Lunatic asylums Burma 1907-21 - 1907-1921
Year: 1907
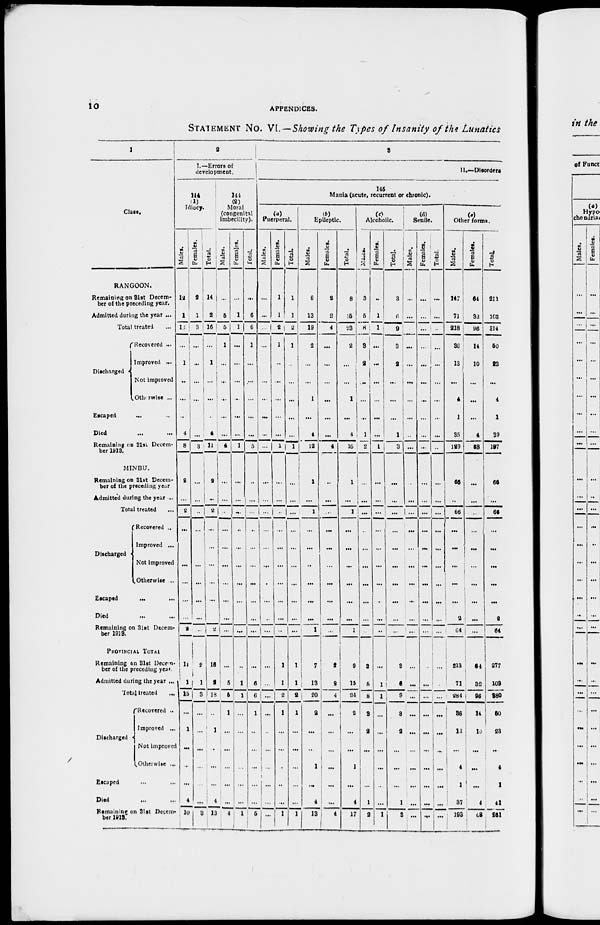
10
APPENDICES.
STATEMENT NO. VI. — Showing the Types of Insanity of the Lunatics
1
Class.
RANGOON.
Remaining on 31st Decem-
ber of the preceding year.
Admitted during the year ...
Total treated ...
Discharged
Recovered ...
Improved ...
Not improved
Otherwise ...
Escaped ... ...
Died ... ...
Remaining on 31st Decem-
ber 1913.
MINBU.
Remaining on 31st Decem-
ber of the preceding year
Admitted during the year ...
Total treated ...
Discharged
Recovered ...
Improved ...
Not improved
Otherwise ...
Escaped
...
...
Died ... ...
Remaining on 31st Decem-
ber 1913.
PROVINCIAL TOTAL
Remaining on 31st Decem-
ber of the preceding year.
Admitted during the year ...
Total treated ...
Discharged
Recovered ..
Improved ...
Not improved
Otherwise ...
Escaped ... ...
Died ... ... ...
Remaining on 31 st Decem-
ber 1913.
2
I.—Errors of
development.
144
(1)
Idiocy.
Males.
12
1
13
...
...
...
...
...
4
8
2
...
2
...
...
...
...
...
...
...
11
1
15
...
1
...
...
...
4
10
Females.
2
1
3
...
...
...
...
...
...
3
...
...
...
...
...
...
...
...
...
...
2
1
3
...
...
...
...
...
...
3
Total.
14
2
16
...
...
...
...
...
4
11
2
...
2
...
...
...
...
...
...
...
16
2
18
...
1
...
...
...
4
13
144
(2)
Moral
(congenital
imbecility).
Males.
...
6
5
1
...
...
...
...
...
4
...
...
...
...
...
...
...
...
...
...
...
5
5
1
...
...
...
...
...
4
Females.
...
1
1
...
...
...
...
...
....
1
...
...
...
...
...
...
...
...
...
...
...
1
1
...
...
...
...
...
...
1
Total.
...
6
6
1
...
...
...
...
...
5
...
...
...
...
...
...
...
...
...
...
...
6
6
1
...
...
...
...
...
5
3
II.—Disorders
145
Mania (acute, recurrent or chronic).
(a)
Puerperal.
Males.
...
...
...
...
...
...
...
...
...
...
...
...
...
...
...
...
...
...
...
...
...
...
...
...
...
...
...
...
...
...
Females.
1
1
2
1
...
...
...
...
...
1
...
...
...
...
...
...
...
...
...
...
1
1
2
1
...
...
...
...
...
1
Total.
1
1
2
1
...
...
...
...
...
1
...
...
...
...
...
...
...
...
...
1
1
2
1
...
...
...
...
1
(b)
Epileptic.
Males.
6
13
19
2
...
...
1
...
4
12
1
...
1
...
...
...
...
...
...
1
7
13
20
2
...
...
1
...
4
13
Females.
2
2
4
...
...
...
...
...
...
4
...
...
...
...
...
...
...
...
...
...
1
2
4
...
...
...
...
...
...
4
Total.
8
15
23
2
...
...
1
...
4
16
1
...
1
...
...
...
...
...
...
1
9
15
24
2
...
...
1
...
4
17
(c)
Alcoholic.
Males.
3
5
8
3
2
...
...
...
1
2
...
...
...
...
...
...
...
...
...
...
3
5
8
3
2
...
...
...
1
2
Females.
...
1
1
...
...
...
...
...
...
1
...
...
...
...
...
...
...
...
...
...
...
1
1
...
...
...
...
...
...
1
Total.
3
6
9
3
2
...
...
...
1
3
...
...
...
...
...
...
...
...
...
...
3
6
9
3
2
...
...
...
1
3
(d)
Senile.
Males.
...
...
...
...
...
...
...
...
...
...
...
...
...
...
...
...
...
...
...
...
...
...
...
...
...
...
...
...
...
...
Females.
...
...
...
...
...
...
...
...
...
...
...
...
...
...
...
...
...
...
...
...
...
...
...
...
...
...
...
...
...
...
Total.
...
...
...
...
...
...
...
...
...
...
...
...
...
...
...
...
...
...
...
...
...
...
...
...
...
...
....
...
...
...
(e)
Other forms.
Males.
147
71
218
36
13
...
4
1
35
129
66
...
66
...
...
...
...
...
2
64
213
71
284
36
13
...
4
1
37
193
Females.
64
32
96
14
10
...
...
...
4
68
...
...
...
...
...
...
...
...
...
...
64
32
96
14
10
...
...
...
4
68
Total.
211
103
314
50
23
...
4
1
39
197
66
...
66
...
...
...
...
...
2
64
277
103
280
50
23
...
4
1
41
261